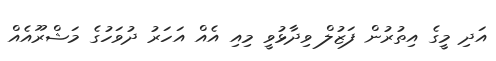
އަދި މީގެ އިތުރުން ފަޒުލް ވިދާޅުވީ މިއި އެއް އަހަރު ދުވަހުގެ މަޝްރޫއެއް